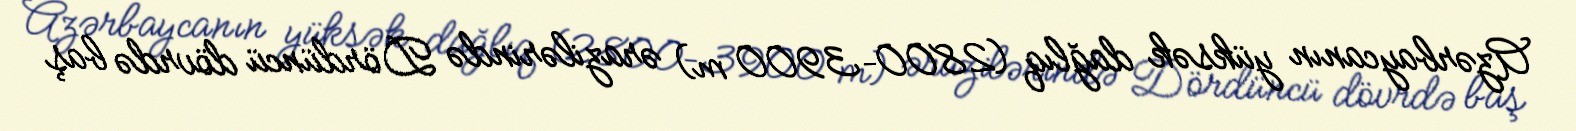
Azərbaycanın yüksək dağlıq (2800–3900 m) ərazilərində Dördüncü dövrdə baş